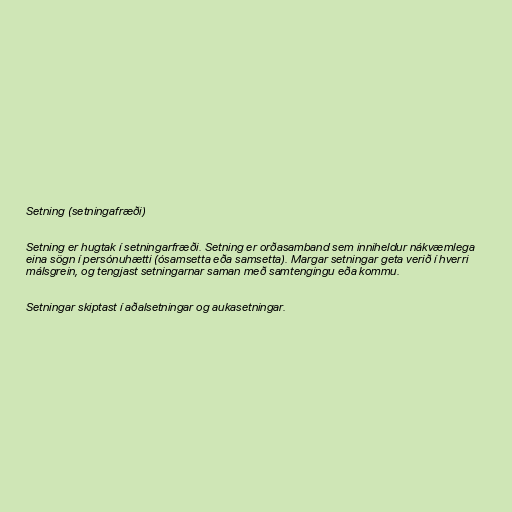
Setning (setningafræði)

Setning er hugtak í setningarfræði. Setning er orðasamband sem inniheldur nákvæmlega
eina sögn í persónuhætti (ósamsetta eða samsetta). Margar setningar geta verið í hverri
málsgrein, og tengjast setningarnar saman með samtengingu eða kommu.

Setningar skiptast í aðalsetningar og aukasetningar.